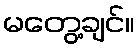
မတွေ့ချင်။